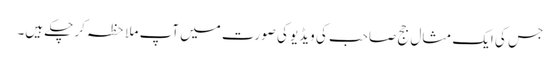
جس کی ایک مثال جج صاحب کی ویڈیو کی صورت میں آپ ملاحظہ کر چکے ہیں۔